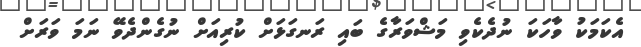
އެކަމަކު ވާހަކަ ނުދެކެވި މަޝްވަރާގެ ބައި ރަނގަޅަށް ކުރިއަށް ނުގެންދެވޭ ނަމަ ވަރަށް